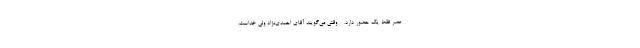
عصر فقط یک حضور دارد. - وقتی می‌گویند آقای احمدی‌نژاد ولیّ خداست،